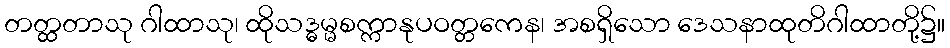
တတ္ထတာသု ဂါထာသု၊ ထိုသဒ္ဓမ္မစက္ကာနုပဝတ္တကေန၊ အစရှိသော ဒေသနာထုတိဂါထာတို့၌။